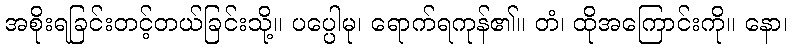
အစိုးရခြင်းတင့်တယ်ခြင်းသို့။ ပပ္ပေါမု၊ ရောက်ရကုန်၏။ တံ၊ ထိုအကြောင်းကို။ နော၊